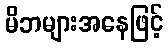
မိဘများအနေဖြင့်